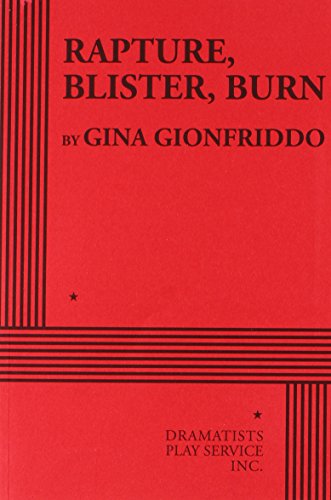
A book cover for Rapture, Blister, Burn; Gina Gionfriddo; Humor & Entertainment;